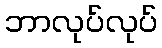
ဘာလုပ်လုပ်